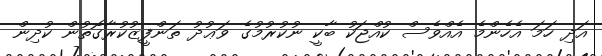
އަދި ހަމަ އެހެންމެ އެއްވެސް ކުއްޖަކު ބާކީ ނުކުރުމުގެ ވަޢުދު ތަންފީޒުކުރާގޮތުން ކުދިން